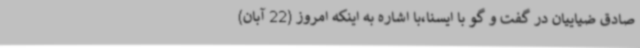
صادق ضیاییان در گفت و گو با ایسنا،با اشاره به اینکه امروز (22 آبان)